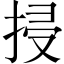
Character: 𢬶